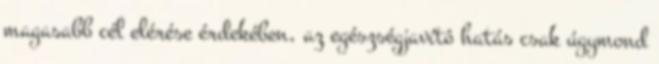
magasabb cél elérése érdekében, az egészségjavító hatás csak úgymond